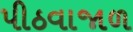
પીઠવાજાળ